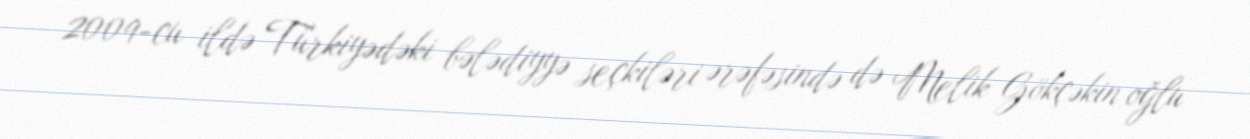
2009-cu ildə Türkiyədəki bələdiyyə seçkiləri ərəfəsində də Melik Gökçəkin oğlu